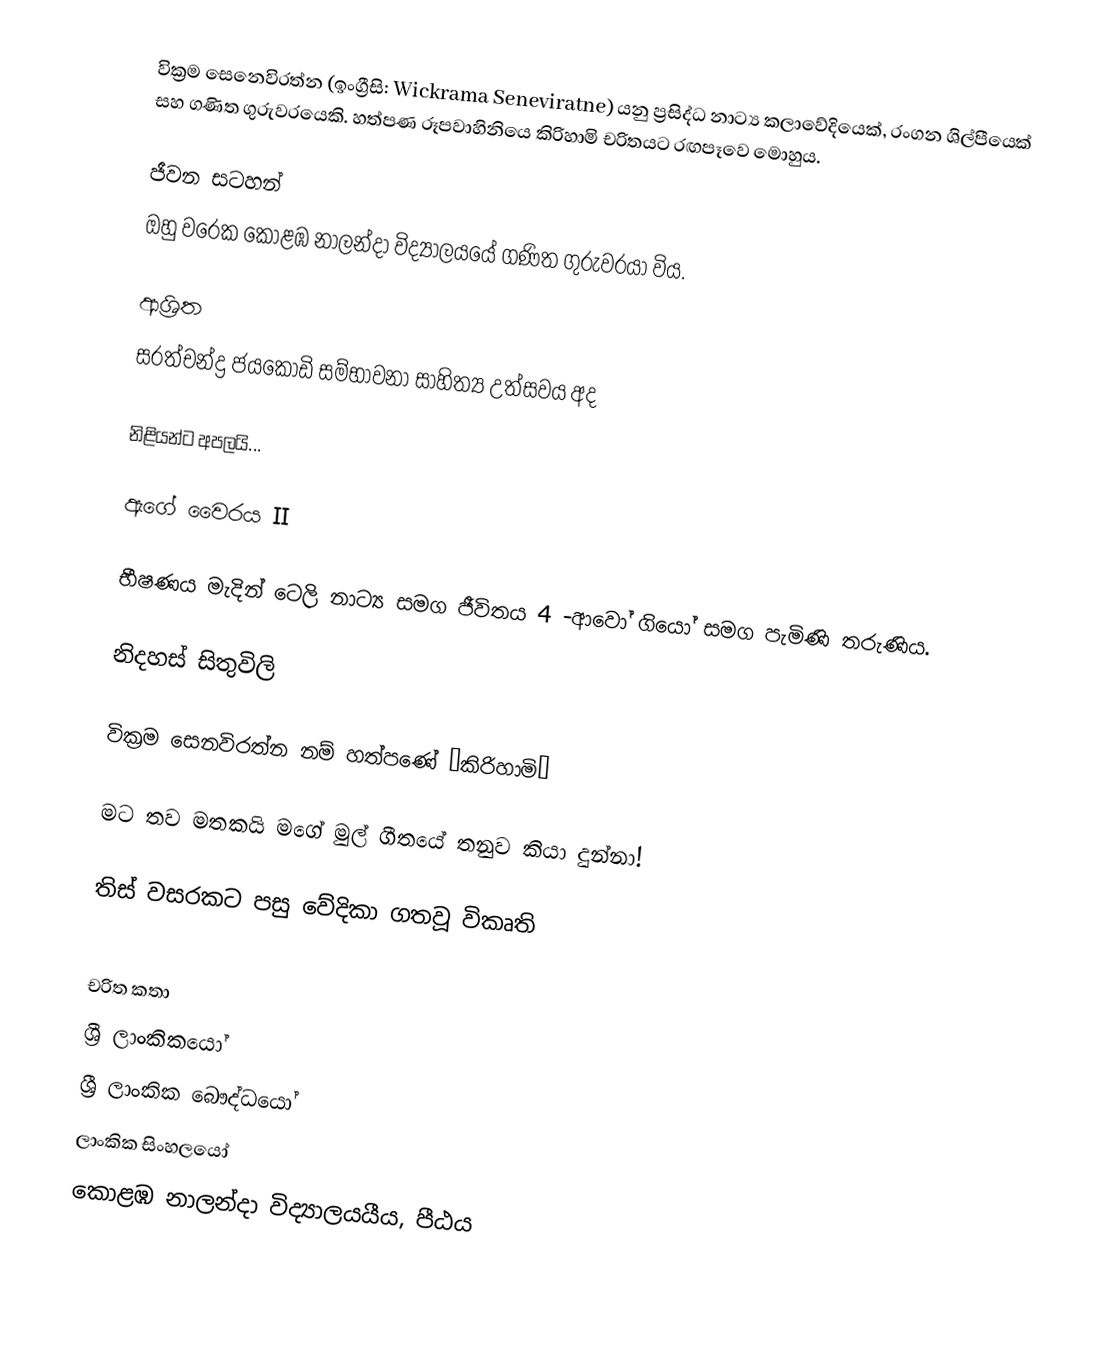
වික්‍රම සෙනෙවිරත්න  (ඉංග්‍රීසි: Wickrama Seneviratne) යනු ප්‍රසිද්ධ නාට්‍ය කලාවේදියෙක්, රංගන ශිල්පීයෙක් සහ ගණිත ගුරුවරයෙකි.  හත්පණ රූපවාහිනියෙ කිරිහාමි චරිතයට රඟපෑවෙ මොහුය.

ජීවන සටහන්
ඔහු වරෙක කොළඹ නාලන්දා විද්‍යාලයයේ ගණිත ගුරුවරයා  විය.

ආශ්‍රිත
 සරත්චන්ද්‍ර ජයකොඩි සම්භාවනා සාහිත්‍ය උත්සවය අද

 නිළියන්ට අපලයි...

 ඇගේ වෛරය II

 භීෂණය මැදින් ටෙලි නාට්‍ය සමග ජීවිතය 4 -ආවෝ ගියෝ සමග පැමිණි තරුණිය.

 නිදහස් සිතුවිලි

 වික්‍රම සෙනවිරත්න නම් හත්පණේ ‘කිරිහාමි’

 මට තව මතකයි මගේ මුල් ගීතයේ තනුව කියා දුන්නා!

 තිස් වසරකට පසු වේදිකා ගතවූ විකෘති

චරිත කතා
ශ්‍රී ලාංකිකයෝ
ශ්‍රී ලාංකික බෞද්ධයෝ
ලාංකික සිංහලයෝ
කොළඹ නාලන්දා විද්‍යාලයයීය, පීඨය